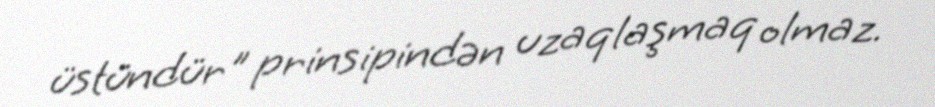
üstündür" prinsipindən uzaqlaşmaq olmaz.